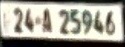
24 A 25946